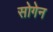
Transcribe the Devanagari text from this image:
सोगेन